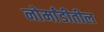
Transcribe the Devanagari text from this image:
नोर्मांडीतील